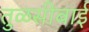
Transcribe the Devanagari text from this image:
तुळसीबाई